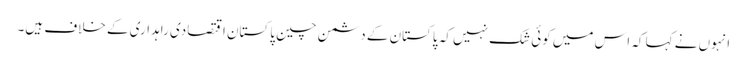
انہوں نے کہا کہ اس میں کوئی شک نہیں کہ پاکستان کے دشمن چین پاکستان اقتصادی راہداری کے خلاف ہیں۔